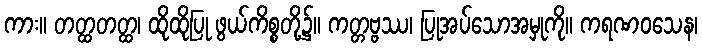
ကား။ တတ္ထတတ္ထ၊ ထိုထိုပြု ဖွယ်ကိစ္စတို့၌။ ကတ္တဗ္ဗဿ၊ ပြုအပ်သောအမှုကို။ ကရဏဝသေန၊